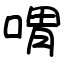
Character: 喟